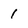
Character: 1